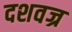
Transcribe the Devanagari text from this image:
दशवज्र